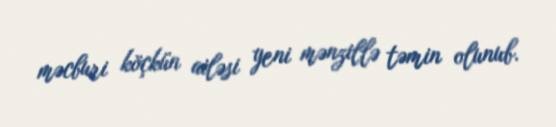
məcburi köçkün ailəsi yeni mənzillə təmin olunub.